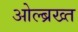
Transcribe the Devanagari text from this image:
ओल्ब्रख्त